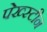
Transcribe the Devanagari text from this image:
पेख्स्टीन